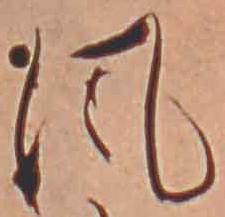
風